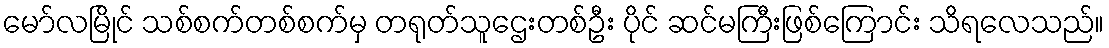
မော်လမြိုင် သစ်စက်တစ်စက်မှ တရုတ်သူဌေးတစ်ဦး ပိုင် ဆင်မကြီးဖြစ်ကြောင်း သိရလေသည်။